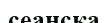
сеансқа